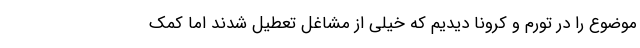
موضوع را در تورم و کرونا دیدیم که خیلی از مشاغل تعطیل شدند اما کمک